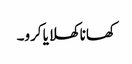
کھانا کھلایا کرو۔